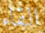
القاء